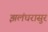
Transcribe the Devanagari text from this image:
झलंधरासुर